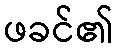
ဖခင်၏